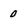
Character: 0